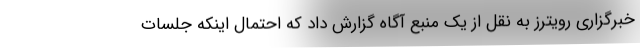
خبرگزاری رویترز به نقل از یک منبع آگاه گزارش داد که احتمال اینکه جلسات